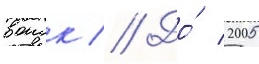
воиск // До́ 2005